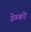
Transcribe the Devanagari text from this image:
डेम्को